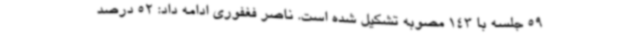
59 جلسه با 143 مصوبه تشکیل شده است. ناصر فغفوری ادامه داد: 52 درصد